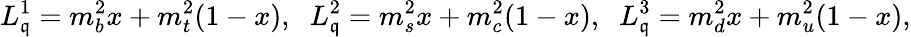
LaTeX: L_{\mathfrak{q}}^{1}=m_{b}^{2}x+m_{t}^{2}(1-x),\; \; L_{\mathfrak{q}}^{2}=m_{s}^{2}x+m_{c}^{2}(1-x),\; \; L_{\mathfrak{q}}^{3}=m_{d}^{2}x+m_{u}^{2}(1-x),